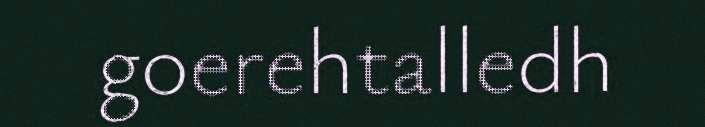
goerehtalledh